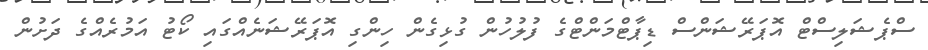
ސްޕެޝަލިސްޓް އޮޕަރޭޝަންސް ޑިޕާޓްމަންޓްގެ ފުލުހުން ގުޅިގެން ހިންގި އޮޕަރޭޝަނެއްގައި ކޯޓު އަމުރެއްގެ ދަށުން